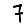
Digit: 7